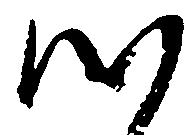
つ